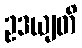
ဥဒယျတိ